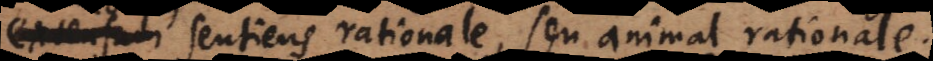
us sentiens rationale, seu animal rationale,